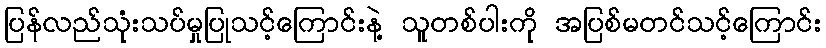
ပြန်လည်သုံးသပ်မှုပြုသင့်ကြောင်းနဲ့ သူတစ်ပါးကို အပြစ်မတင်သင့်ကြောင်း